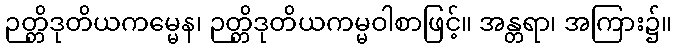
ဉတ္တိဒုတိယကမ္မေန၊ ဉတ္တိဒုတိယကမ္မဝါစာဖြင့်။ အန္တရာ၊ အကြား၌။